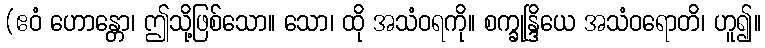
(ဧဝံ ဟောန္တော၊ ဤသို့ဖြစ်သော။ သော၊ ထို အသံဝရကို။ စက္ခုန္ဒြိယေ အသံဝရောတိ၊ ဟူ၍။